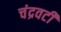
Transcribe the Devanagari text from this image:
चंद्रवटी